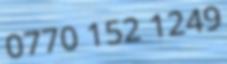
0770 152 1249